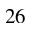
^ Ḋ 2 6 Ḍ